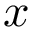
x